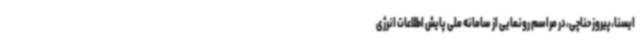
ایسنا،پیروز حناچی،در مراسم رونمایی از سامانه ملی پایش اطلاعات انرژی